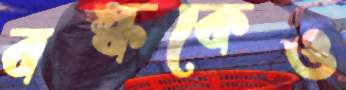
বস্ককেও